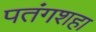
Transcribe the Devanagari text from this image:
पतंगशहा